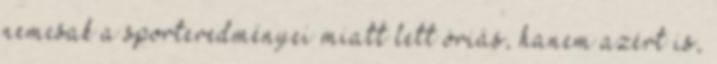
nemcsak a sporteredményei miatt lett óriás, hanem azért is,